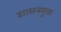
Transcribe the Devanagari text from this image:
शासनमुक्त